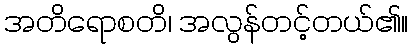
အတိရောစတိ၊ အလွန်တင့်တယ်၏။